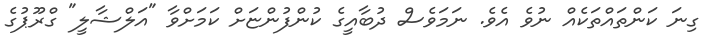
ގިނަ ކަންތައްތަކެއް ނުވެ އެވެ. ނަމަވެސް ދުބާއީގެ ކުންފުންޏަށް ކަމަށްވާ "އަލްޝާލީ" ގްރޫޕުގެ